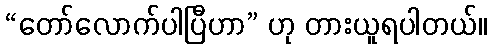
“တော်လောက်ပါပြီဟာ” ဟု တားယူရပါတယ်။